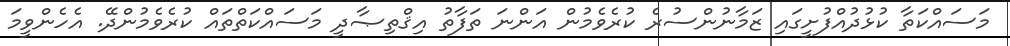
މަސައްކަތާ ކުޅުދުއްފުށީގައި ޒަމާނުންސުރެ ކުރެވެމުން އަންނަ ތަފާތު އިޤްތިޞާދީ މަސައްކަތްތައް ކުރެވެމުންދޭ. އެހެންވީމަ